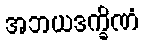
အဘယဒက္ခိဏံ